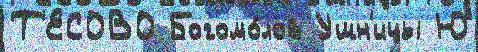
Т'ЕСОВО Богомо́лов Ушн'ицы Ю